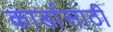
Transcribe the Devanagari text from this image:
कार्डासाठी